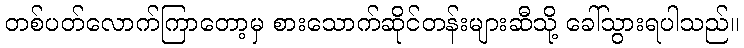
တစ်ပတ်လောက်ကြာတော့မှ စားသောက်ဆိုင်တန်းများဆီသို့ ခေါ်သွားရပါသည်။